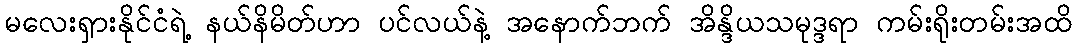
မလေးရှားနိုင်ငံရဲ့ နယ်နိမိတ်ဟာ ပင်လယ်နဲ့ အနောက်ဘက် အိန္ဒိယသမုဒ္ဒရာ ကမ်းရိုးတမ်းအထိ